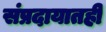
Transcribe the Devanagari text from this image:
संप्रदायातही